Bulletin of the Pasteur Institute of Southern India, Coonoor - No. 3.
Year: 1910
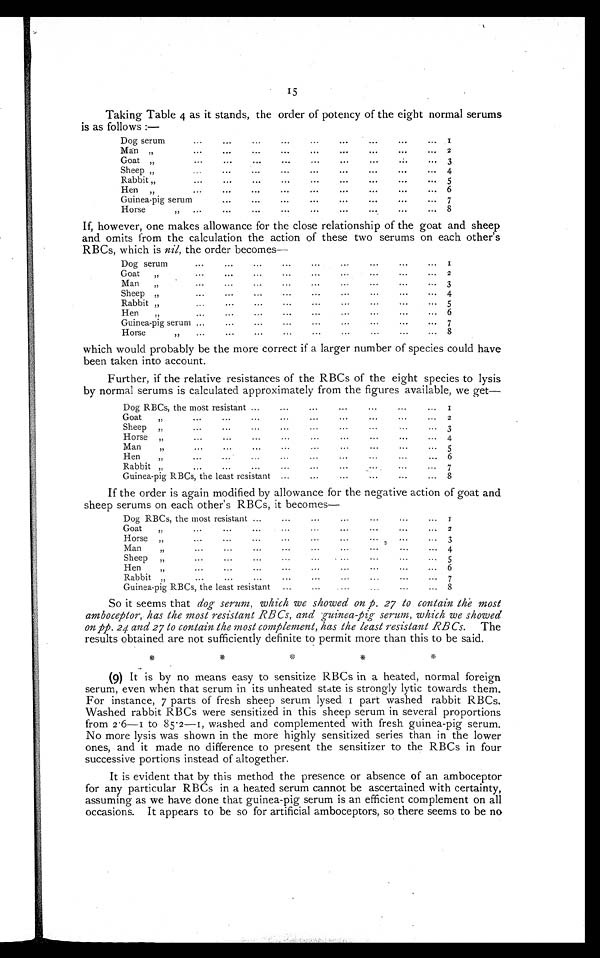
Taking Table 4 as it stands, the order of potency of the eight normal serums
is as follows :—
Dogserum
...
...
...
...
...
...
...
...
...
1
Man„
...
...
...
...
...
...
...
...
... 2
Goat„
...
...
...
...
...
...
.:.
...
3
Sheep,,
...
...
...
...
...
...
...
...
...
4
Rabbit„
...
...
...
...
...
...
...
...
...
5
Hen„
...
...
...
...
...
...
...
...
... 6
Guinea-pig serum...
...
...
. . .
—
—
. . .
. . .
7
Horse...
8
, ,
...
...
...
".
...
...
...
If, however, one makes allowance for the close relationship of the goat and sheep
and omits from the calculation the action of these two serums on each other's
RBCs, which is nil, the order becomes—
Dogserum
...
...
...
...
...
...
...
...
...
1
Goat
...
...
...
...
...
...
...
...
2
Man„
...
...
...
...
...
...
...
...
...
3
Sheep,,
...
...
...
...
...
...
...
... 4
Rabbit„
...
...
...
...
...
...
...
...
5
Hen„
...
...
...
...
...
...
...
... 6
Guinea-pig serum ...
...
...
...
...
...
...
...
...
7
Horse
...
...
...
...
...
...
...
...
...
8
which would probably be the more correct if a larger number of species could have
been taken into account.
Further, if the relative resistances of the RBCs of the eight species to lysis
by normal serums is calculated approximately from the figures available, we get—
Dog RBCs, the most resistant ...
...
...
...
...
...
...
I
Goat„
...
...
...
...
...
...
...
.
Sheep
„...
...
...
...
...
... ... ... 3
Horse„
...
...
...
...
...
...
...
4
Man„
...
....
...
...
...
...
...
...
5
Hen„
...
...
...
...
...
...
... 6
Rabbit„
...
...
...
...
...
...
7
Guinea-pig RBCs, the least resistant
...
...
...
...
...
...
8
If the order is again modified by allowance for the negative action of goat and
sheep serums on each other's RBCs, it becomes
Dog RBCs, the most resistant ...
...
...
...
...
...
...
r
Goat„
...
...
...
...
...
...
2
Horse„
...
".
...
...
.'.
3
Man„
...
...
...
...
...
...
...
4
Sheep„
...
...
...
...
...
, ...
...
...
...
5
Hen„
...
...
...
...
...
...
...
...
...
6
Rabbit„
...
...
...
...
...
...
...
...
7
Guinea-pig RBCs, the least resistant
...
...
....
...
... 8
So it seems that dog serum, which we showed on P. 27 to contain the most
amboceptor, has the most resistant RBCs, and g uinea-Pig serum, which we showed
on pp. 24 and 27 to contain the most complement, has the least resistant RBCs. The
results obtained are not sufficiently definite to permit more than this to be said.
*
*
*
*
*
i
(9) It is by no means easy to sensitize RBCs in a heated, normal foreign
serum, even when that serum in its unheated state is strongly lytic towards them.
For instance, 7 parts of fresh sheep serum lysed 1 part washed rabbit RBCs.
Washed rabbit RBCs were sensitized in this sheep serum in several proportions
from 2 . 6—1 to 85 . 2—1, washed and complemented with fresh guinea-pig serum.
No more lysis was shown in the more highly sensitized series than in the lower
ones, and it made no difference to present the sensitizer to the RBCs in four
successive portions instead of altogether.
It is evident that by this method the presence or absence of an amboceptor
for any particular RBCs in a heated serum cannot be ascertained with certainty,
assuming as we have done that guinea-pig serum is an efficient complement on all
occasions. It appears to be so for artificial amboceptors, so there seems to be no